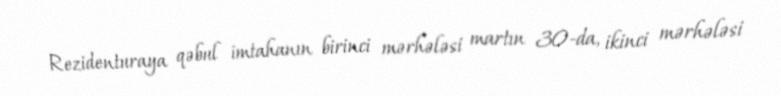
Rezidenturaya qəbul imtahanın birinci mərhələsi martın 30-da, ikinci mərhələsi